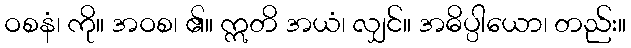
ဝစနံ၊ ကို။ အဝစ၊ ၏။ ဣတိ အယံ၊ လျှင်။ အဓိပ္ပါယော၊ တည်း။